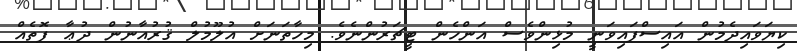
ކިޔަވައިދެމުން އައިސްފައިވަނީ މުޅިންވެސް އަންހެން ޓީޗަރުންނެވެ. މިހާތަނަށް އުލޫމުލް ޤުރުއާނުން ދުޢާ ފޮތެއް